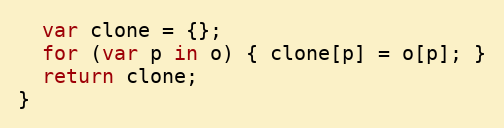
Language: JavaScript
  var clone = {};
  for (var p in o) { clone[p] = o[p]; }
  return clone;
}